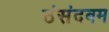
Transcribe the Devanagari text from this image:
ठंसंदबम